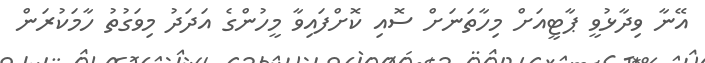
އޭނާ ވިދާޅުވީ ޕާޓީއަށް މިހާތަނަށް ސޮއި ކޮށްފައިވާ މީހުންގެ އަދަދު މިވަގުތު ހާމަކުރަން